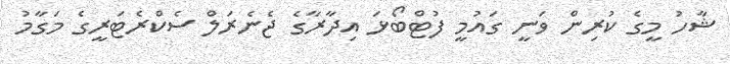
ޝާހު މީގެ ކުރިން ވަނީ ގައުމީ ފުޓްބޯޅަ އިދާރާގެ ޖެނެރަލް ސެކްރެޓަރީގެ މަގާމު